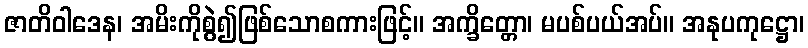
ဇာတိဝါဒေန၊ အမိးကိုစွဲ၍ဖြစ်သောစကားဖြင့်။ အက္ခိတ္တော၊ မပစ်ပယ်အပ်။ အနုပကုဋ္ဌော၊